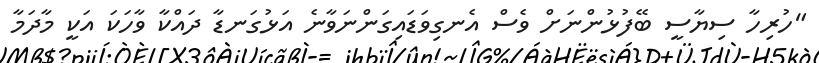
"ހުރިހާ ސިޔާސީ ބޭފުޅުންނަށް ވެސް އެނގިވަޑައިގަންނަވާނެ އަޅުގަނޑާ ދައްކާ ވާހަކަ އަކީ މާދަމާ